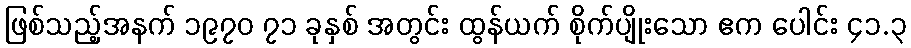
ဖြစ်သည့်အနက် ၁၉၇၀ ၇၁ ခုနှစ် အတွင်း ထွန်ယက် စိုက်ပျိုးသော ဧက ပေါင်း ၄၁.၃